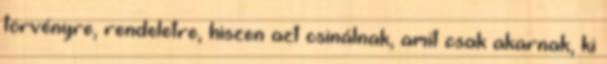
törvényre, rendeletre, hiszen azt csinálnak, amit csak akarnak, ki